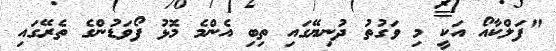
"ފަލްކާއޯ އަކީ މި ވަގުތު ދުނިޔޭގައި ތިބި އެންމެ މޮޅު ފޯވަޑުންގެ ތެރޭގައި